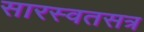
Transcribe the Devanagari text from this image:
सारस्वतसत्र